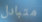
متبادل